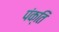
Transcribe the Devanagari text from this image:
पंक्‍ति